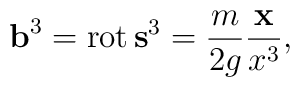
{\bf b}^{3} = \mathop{\rm rot} {\bf s}^{3}  =  \frac{m}{2g} \frac{{\bf x}}{x^3} ,